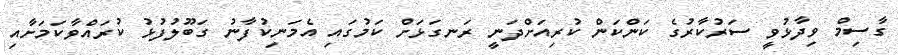
ގާސިމް ވިދާޅުވީ ސަރުކާރުގެ ކަންކަން ކުރިއަށްދަނީ ރަނގަޅަށް ކަމުގައި އެމަނިކުފާނު ގަބޫލުފުޅު ކުރައްވާކަމަށާއި